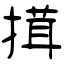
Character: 搑